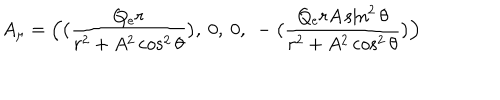
A _ { \mu } = \Bigl ( \bigl ( { \frac { Q _ { e } r } { r ^ { 2 } + A ^ { 2 } \cos ^ { 2 } \theta } } \bigr ) , ~ 0 , ~ 0 , { } ~ - \bigl ( { \frac { Q _ { e } r A \sin ^ { 2 } \theta } { r ^ { 2 } + A ^ { 2 } \cos ^ { 2 } \theta } } \bigr ) \Bigr )